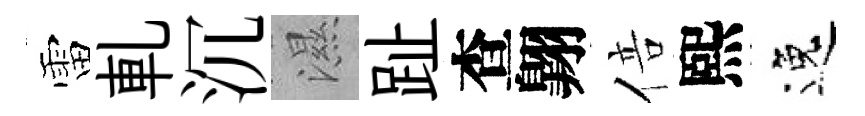
雷軋沉濕趾查翺倍熙逸